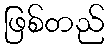
ဖြစ်တည်